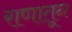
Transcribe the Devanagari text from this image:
राणातून